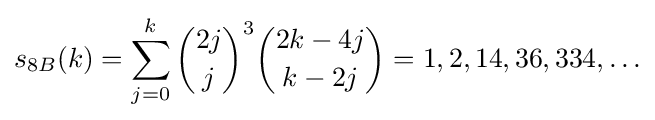
s_{8B}(k)=\sum _{j=0}^{k}{\binom {2j}{j}}^{3}{\binom {2k-4j}{k-2j}}=1,2,14,36,334,\ldots